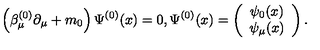
\left( \beta _ { \mu } ^ { ( 0 ) } \partial _ { \mu } + m _ { 0 } \right) \Psi ^ { ( 0 ) } ( x ) = 0 , \Psi ^ { ( 0 ) } ( x ) = \left( \begin{array} { c } { \psi _ { 0 } ( x ) } \\ { \psi _ { \mu } ( x ) } \\ \end{array} \right) .